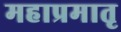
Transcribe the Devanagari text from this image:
महाप्रमातृ